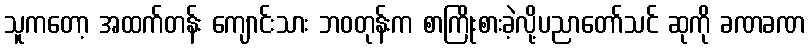
သူကတော့ အထက်တန်း ကျောင်းသား ဘဝတုန်းက စာကြိုးစားခဲ့လို့ပညာတော်သင် ဆုကို ခဏခဏ